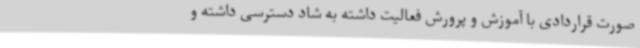
صورت قراردادی با آموزش و پرورش فعالیت داشته به شاد دسترسی داشته و